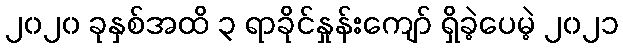
၂၀၂၀ ခုနှစ်အထိ ၃ ရာခိုင်နှုန်းကျော် ရှိခဲ့ပေမဲ့ ၂၀၂၁